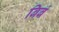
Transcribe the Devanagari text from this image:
बिबं